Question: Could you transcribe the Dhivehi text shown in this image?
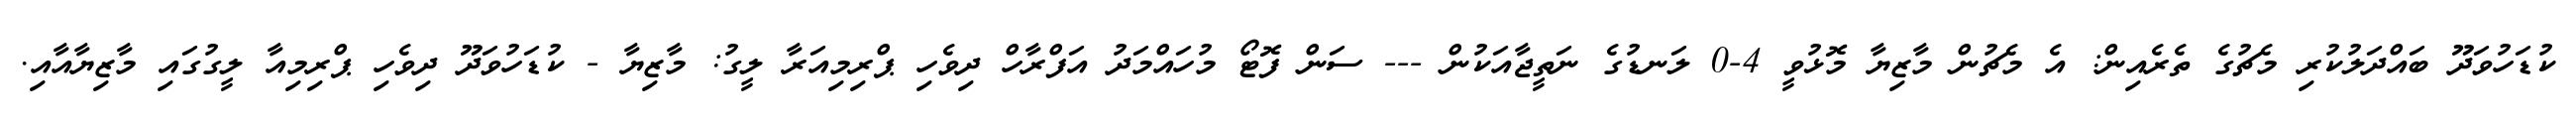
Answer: ކުޑަހުވަދޫ ބައްދަލުކުރި މެޗުގެ ތެރެއިން: އެ މެޗުން މާޒިޔާ މޮޅުވީ 4-0 ލަނޑުގެ ނަތީޖާއަކުން --- ސަން ފޮޓޯ މުހައްމަދު އަފްރާހް ދިވެހި ޕްރިމިއަރާ ލީގު: މާޒިޔާ - ކުޑަހުވަދޫ ދިވެހި ޕްރިމިއާ ލީގުގައި މާޒިޔާއާއި.